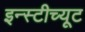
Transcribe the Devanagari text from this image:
इन्स्टीच्यूट